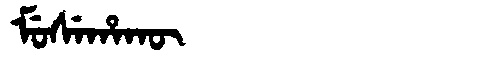
Manchu: ᠮᡠᠰᡝᡥᠠᡴᡡ
Romanization: MUSEHAKŪ